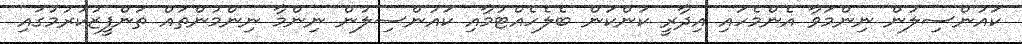
ކައުންސިލުން ނިންމަވާ އެންމެހައި އިދާރީ ކަންކަން ބެލެހެއްޓުމާއި ކައުންސިލުން ނިންމާ ނިންމުންތައް ތަންފީޒުކުރުމުގައި